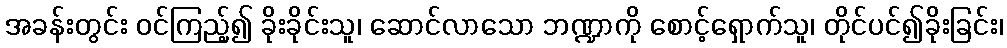
အခန်းတွင်း ဝင်ကြည့်၍ ခိုးခိုင်းသူ၊ ဆောင်လာသော ဘဏ္ဍာကို စောင့်ရှောက်သူ၊ တိုင်ပင်၍ခိုးခြင်း၊